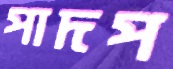
পাদপ